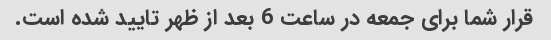
قرار شما برای جمعه در ساعت 6 بعد از ظهر تایید شده است.